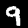
Digit: 9